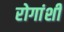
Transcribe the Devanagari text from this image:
रोगांशी